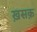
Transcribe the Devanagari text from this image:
ख़सक़